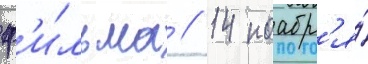
ф'и́льма // 14 ноабр'я́